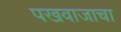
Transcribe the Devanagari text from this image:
पखवाजाचा